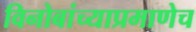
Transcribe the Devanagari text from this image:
विनोबांच्याप्रमाणेच